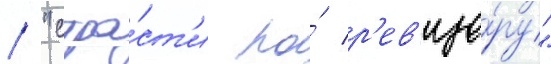
/ "стра́ст'и по́ р'ев'изо́ру"